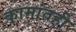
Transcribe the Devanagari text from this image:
कामांतही